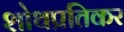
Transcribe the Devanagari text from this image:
शोथप्रतिकर